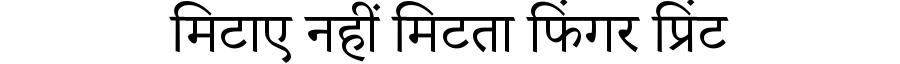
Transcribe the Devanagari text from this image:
मिटाए नहीं मिटता फिंगर प्रिंट